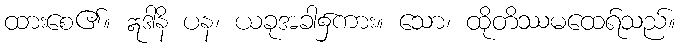
ထားစေ၏။ ဣဒါနိ ပန၊ ယခုအခါ၌ကား။ သော၊ ထိုတိဿမထေရ်သည်။